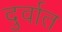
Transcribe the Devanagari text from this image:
दुर्वात